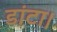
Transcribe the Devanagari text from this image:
डांटा।